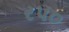
ર૫૦